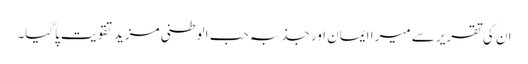
ان کی تقریر سے میرا ایمان اور جذبہ حب الوطنی مزید تقویت پاگیا۔